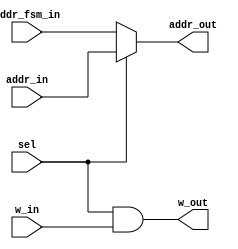
`define M     593         // M is the degree of the irreducible polynomial
`define WIDTH (2*`M-1)    // width for a GF(3^M) element
`define WIDTH_D0 1187
`define M     593         // M is the degree of the irreducible polynomial
`define WIDTH (2*`M-1)    // width for a GF(3^M) element
`define WIDTH_D0 1187
`define M     593         // M is the degree of the irreducible polynomial
`define WIDTH (2*`M-1)    // width for a GF(3^M) element
`define WIDTH_D0 1187
`define M     593         // M is the degree of the irreducible polynomial
`define WIDTH (2*`M-1)    // width for a GF(3^M) element
`define WIDTH_D0 1187
`define M     593         // M is the degree of the irreducible polynomial
`define WIDTH (2*`M-1)    // width for a GF(3^M) element
`define WIDTH_D0 1187

module select(sel, addr_in, addr_fsm_in, w_in, addr_out, w_out);
    input sel;
    input [5:0] addr_in;
    input [5:0] addr_fsm_in;
    input w_in;
    output [5:0] addr_out;
    output w_out;
    
    assign addr_out = sel ? addr_in : addr_fsm_in;
    assign w_out = sel & w_in;
endmodule